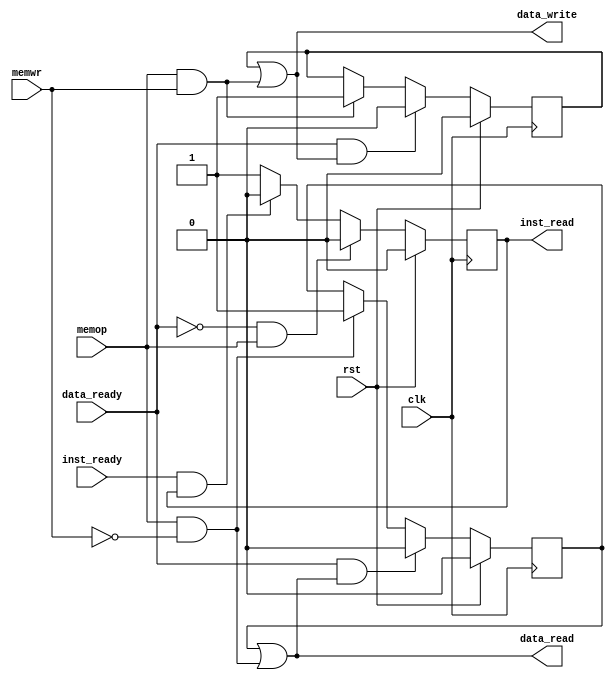
//
// An interface between processor and cache
//
module Memory_Interface(
  input      clk,
  input      rst,
  input      memwr,
  input      memop,
  input      inst_ready,
  output     inst_read,
  input      data_ready,
  output     data_read,
  output     data_write
);

  reg mem_write;
  reg mem_read;
  reg inst_read_int;

  //--------------------------------------------------------------
  // According to the memory access handshaking, 
  // the data_write/data_read must be reset for at least one clock
  // cycle after the ready signal is received.
  //--------------------------------------------------------------
  always @ (posedge clk) begin
    if (rst) 
      inst_read_int  <= 1'b0;
    else if (!data_ready & memop) // & ~inst_ready)  
    // shut down icache but keep reading inst register 
    // for data cache miss
      inst_read_int<= 1'b0;
    else if (inst_ready & inst_read)
      inst_read_int  <= 1'b0;
    else
      inst_read_int <= 1'b1;
  end

  always @ (posedge clk) begin
    if (rst) 
      mem_read  <= 1'b0;
    else if (data_ready & data_read)
      mem_read  <= 1'b0;
    else if (memop & ~memwr)
      mem_read  <= 1'b1;
  end

  always @ (posedge clk) begin
    if (rst) 
      mem_write  <= 1'b0;
    else if (data_ready & data_write)
      mem_write  <= 1'b0;
    else if (memop & memwr)
      mem_write  <= 1'b1;
  end

  assign inst_read = inst_read_int;// | data_ready;
  assign data_write = mem_write | (memop & memwr);
  assign data_read  = mem_read  | (memop & ~memwr);

endmodule